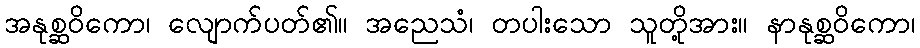
အနုစ္ဆဝိကော၊ လျောက်ပတ်၏။ အညေသံ၊ တပါးသော သူတို့အား။ နာနုစ္ဆဝိကော၊